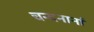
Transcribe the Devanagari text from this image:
चन्दनानां